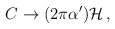
\begin{align*}C\rightarrow (2\pi\alpha^{\prime}) {\cal H}\, ,\end{align*}